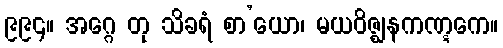
၉၉၄။ အဂ္ဂေ တု သိခရံ စာ’ယော၊ မယဝိဇ္ဈနကဏ္ဋကေ။